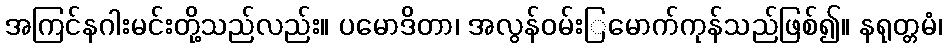
အကြင်နဂါးမင်းတို့သည်လည်း။ ပမောဒိတာ၊ အလွန်ဝမ်းြမောက်ကုန်သည်ဖြစ်၍။ နရုတ္တမံ၊